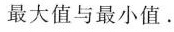
最大值与最小值.